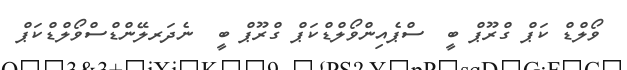
ވޯލްޑް ކަޕް ގްރޫޕް ބީ  ސްޕެއިންވޯލްޑްކަޕް ގްރޫޕް ބީ  ނެދަރލޭންޑްސްވޯލްޑްކަޕް